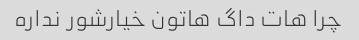
چرا هات داگ هاتون خیارشور نداره